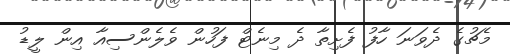
މެޗުގެ ދެވަނަ ހާފު ފެށިތާ ދެ މިނެޓް ފަހުން ވެލެންސިއާ އިން ލީޑު